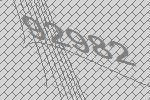
92982